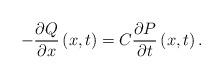
LaTeX: \begin{align*}-\frac{\partial Q}{\partial x}\left(x,t\right)=C\frac{\partial P}{\partial t}\left(x,t\right).\end{align*}